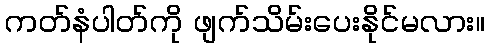
ကတ်နံပါတ်ကို ဖျက်သိမ်းပေးနိုင်မလား။